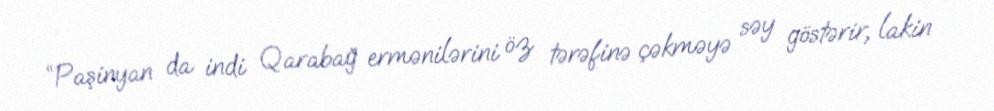
“Paşinyan da indi Qarabağ ermənilərini öz tərəfinə çəkməyə səy göstərir, lakin